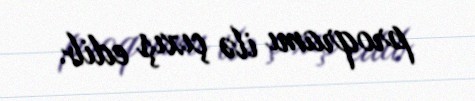
proqramı ilə çıxış edib.